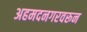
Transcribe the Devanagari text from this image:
अहमदनगरवरून